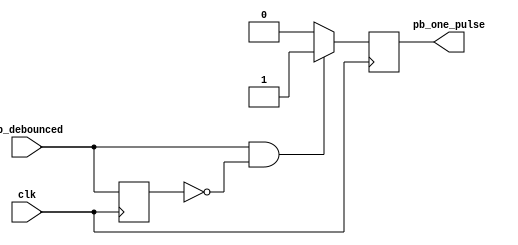
`timescale 1ns / 1ps
//////////////////////////////////////////////////////////////////////////////////
// Company: 
// Engineer: 
// 
// Design Name: 
// Module Name: one_pulse
// Project Name: 
// Target Devices: 
// Tool Versions: 
// Description: 
// 
// Dependencies: 
// 
// Revision:
// Revision 0.01 - File Created
// Additional Comments:
// 
//////////////////////////////////////////////////////////////////////////////////


module one_pulse(pb_debounced, clk, pb_one_pulse);
    input pb_debounced;
    input clk;
    output pb_one_pulse;
    
    reg pb_one_pulse;
    reg pb_debounced_delay;
    
    always@(posedge clk)
    begin
        if(pb_debounced == 1'b1 & pb_debounced_delay == 1'b0)
            pb_one_pulse <= 1'b1;        
        else
            pb_one_pulse <= 1'b0;

        pb_debounced_delay <= pb_debounced;
    end
endmodule